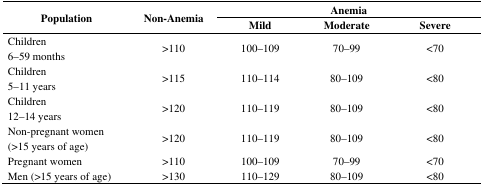
| <ROWSPAN=2> Population | <ROWSPAN=2> Non-Anemia | <COLSPAN=3> Anemia |
 | Mild | Moderate | Severe |
 | --- | --- | --- | --- | --- |
 | Children6–59 months | >110 | 100–109 | 70–99 | <70 |
 | Children5–11 years | >115 | 110–114 | 80–109 | <80 |
 | Children12–14 years | >120 | 110–119 | 80–109 | <80 |
 | Non-pregnant women (>15 years of age) | >120 | 110–119 | 80–109 | <80 |
 | Pregnant women | >110 | 100–109 | 70–99 | <70 |
 | Men (>15 years of age) | >130 | 110–129 | 80–109 | <80 |